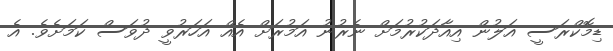
ޑިމޮކްރަސީ އަލުން އިއާދަކުރުމަށް ނެރުނު އަމުރަށް އެއް އަހަރުވީ ދުވަސް ކަމަށެވެ. އެ